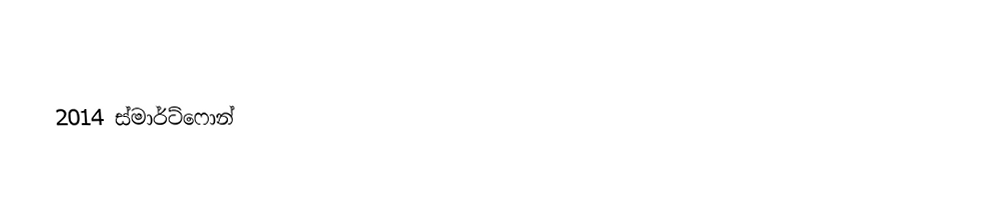
2014 ස්මාර්ට්ෆොන්